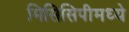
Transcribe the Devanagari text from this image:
मिसिसिपीमध्ये